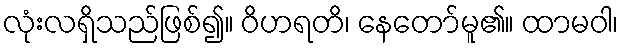
လုံးလရှိသည်ဖြစ်၍။ ဝိဟရတိ၊ နေတော်မူ၏။ ထာမဝါ၊